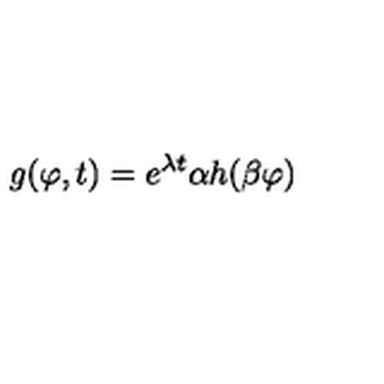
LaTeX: g ( \varphi , t ) = e ^ { \lambda t } \alpha h ( \beta \varphi )